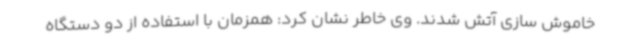
خاموش سازی آتش شدند. وی خاطر نشان کرد: همزمان با استفاده از دو دستگاه